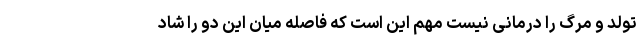
تولد و مرگ را درمانی نیست مهم این است که فاصله میان این دو را شاد